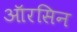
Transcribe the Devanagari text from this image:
ऑरसिन